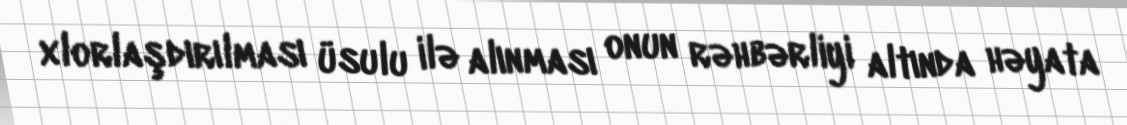
xlorlaşdırılması üsulu ilə alınması onun rəhbərliyi altında həyata